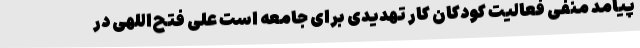
پیامد منفی فعالیت کودکان کار تهدیدی برای جامعه است علی فتح‌اللهی در